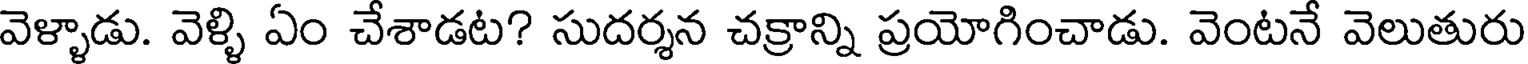
వెళ్ళాడు. వెళ్ళి ఏం చేశాడట? సుదర్శన చక్రాన్ని ప్రయోగించాడు. వెంటనే వెలుతురు